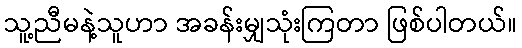
သူ့ညီမနဲ့သူဟာ အခန်းမျှသုံးကြတာ ဖြစ်ပါတယ်။